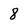
Character: 8